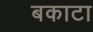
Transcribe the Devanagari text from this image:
बकाटा